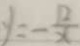
y = - \frac { 1 2 } { x }